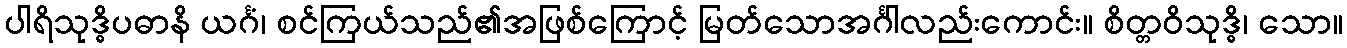
ပါရိသုဒ္ဓိပဓာနိ ယင်္ဂံ၊ စင်ကြယ်သည်၏အဖြစ်ကြောင့် မြတ်သောအင်္ဂါလည်းကောင်း။ စိတ္တဝိသုဒ္ဓိ၊ သော။